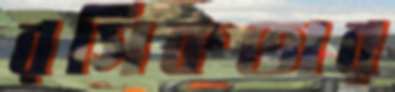
রসিকতার